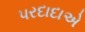
પરદાદાએ